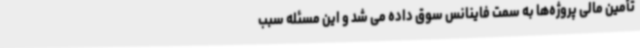
تأمین مالی پروژه‌ها به سمت فاینانس سوق داده می شد و این مسئله سبب